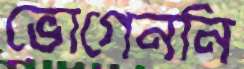
ভোগেননি